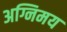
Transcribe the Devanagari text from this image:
अग्निमय